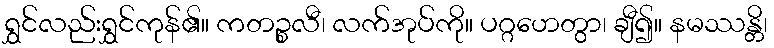
ရွှင်လည်းရွှင်ကုန်၏။ ကတဉ္စလီ၊ လက်အုပ်ကို။ ပဂ္ဂဟေတွာ၊ ချီ၍။ နမဿန္တိ၊